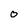
Character: 0